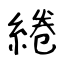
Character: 綣